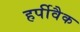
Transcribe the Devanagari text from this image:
हर्पीवैक